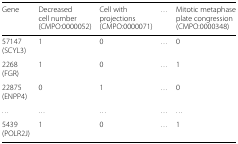
<table><thead><tr><td><b>Gene</b></td><td><b>Decreased</b></td><td><b>Cell with</b></td><td><b>...</b></td><td><b>Mitotic metaphase</b></td></tr><tr><td></td><td><b>cell number</b></td><td><b>projections</b></td><td></td><td><b>plate congression</b></td></tr><tr><td></td><td><b>(CMPO:0000052)</b></td><td><b>(CMPO:0000071)</b></td><td></td><td><b>(CMPO:0000348)</b></td></tr></thead><tbody><tr><td>57147 (SCYL3)</td><td>1</td><td>0</td><td>...</td><td>0</td></tr><tr><td>2268 (FGR)</td><td>1</td><td>0</td><td>...</td><td>1</td></tr><tr><td>22875 (ENPP4)</td><td>0</td><td>1</td><td>...</td><td>0</td></tr><tr><td>...</td><td>...</td><td>...</td><td>...</td><td>...</td></tr><tr><td>5439 (POLR2J)</td><td>1</td><td>0</td><td>...</td><td>1</td></tr></tbody></table>